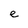
Character: e